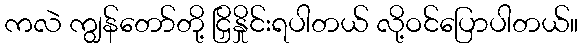
ကလဲ ကျွန်တော်တို့ ငြှိနှိုင်းရပါတယ် လို့ဝင်ပြောပါတယ်။